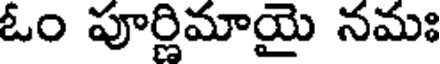
ఓం పూర్లిమాయై నమః